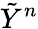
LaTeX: {\tilde{Y}}^{n}